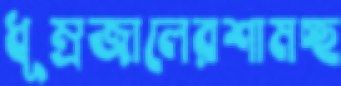
ধূম্রজালেরশামচ্ছ